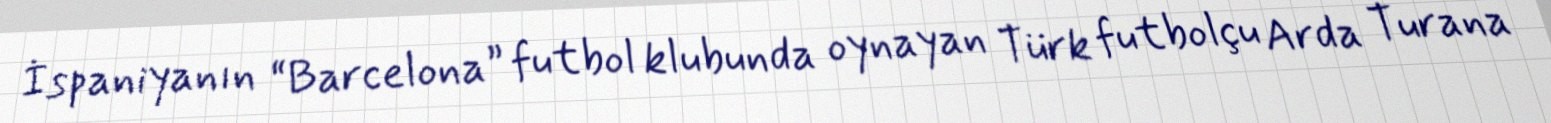
İspaniyanın “Barcelona” futbol klubunda oynayan Türk futbolçu Arda Turana